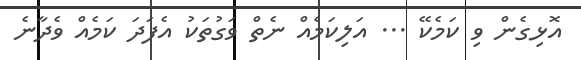
އޮޅިގެން ވި ކަމެކޭ ... އަލިކަމެއް ނެތް ވަގުތަކު އެފަދަ ކަމެއް ވެދާނެ